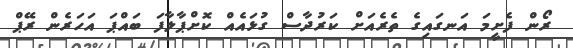
ރޯން ފެށީމަ އަނގައިގެ ތެރެއަށް ކަރުދާސް ގުޅައެއް ކޮށްޕާލާފަ ބައްޕަ އަހަރެން ރޭޕް